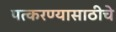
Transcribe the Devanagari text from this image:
पत्करण्यासाठीचे